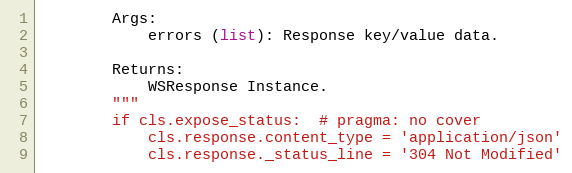
Language: Python
        Args:
            errors (list): Response key/value data.

        Returns:
            WSResponse Instance.
        """
        if cls.expose_status:  # pragma: no cover
            cls.response.content_type = 'application/json'
            cls.response._status_line = '304 Not Modified'